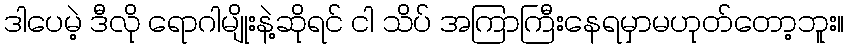
ဒါပေမဲ့ ဒီလို ရောဂါမျိုးနဲ့ဆိုရင် ငါ သိပ် အကြာကြီးနေရမှာမဟုတ်တော့ဘူး။